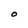
Character: O